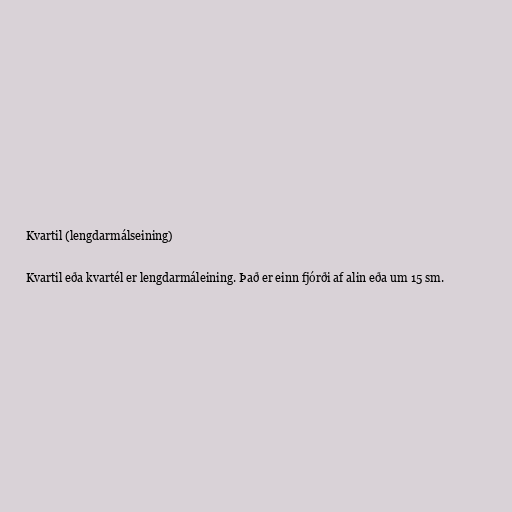
Kvartil (lengdarmálseining)

Kvartil eða kvartél er lengdarmáleining. Það er einn fjórði af alin eða um 15 sm.